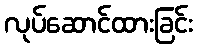
လုပ်ဆောင်ထားခြင်း